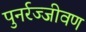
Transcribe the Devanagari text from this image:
पुनर्रज्जीवण